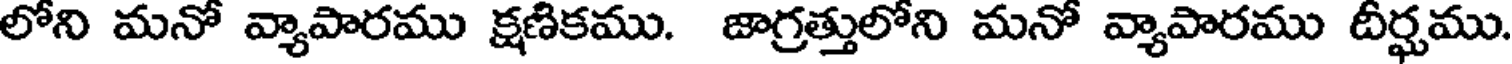
లోని మనో వ్యాపారము క్షణికము. జాగ్రత్తులోని మనో వ్యాపారము దీర్ఘము